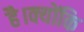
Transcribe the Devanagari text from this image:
है।क्योंकि